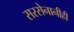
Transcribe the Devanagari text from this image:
सरसेनानीही